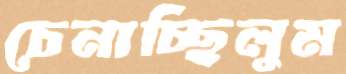
চেনাচ্ছিলুম